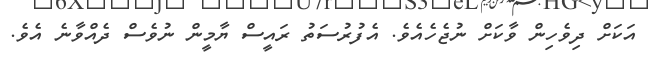
އަކަށް ދިވެހިން ވާކަށް ނުޖެހެއެވެ. އެފުރުސަތު ރައީސް ޔާމީން ނުވެސް ދެއްވާނެ އެވެ.